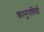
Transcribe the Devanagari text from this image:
कानूनविदों